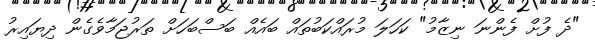
"ދެ ފުށް ފެންނަ ނިޒާމު" ކަހަލަ މުރައްކަބުތައް ބައެއް ބަސްބަހަށް ތަރުޖަމާވެގެން ދިޔައިރު